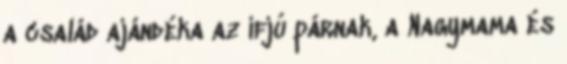
a család ajándéka az ifjú párnak, a Nagymama és